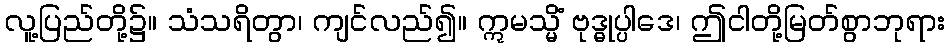
လူ့ပြည်တို့၌။ သံသရိတွာ၊ ကျင်လည်၍။ ဣမသ္မိံ ဗုဒ္ဓုပ္ပါဒေ၊ ဤငါတို့မြတ်စွာဘုရား